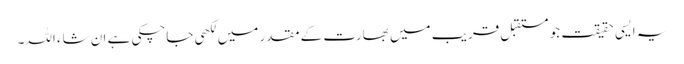
یہ ایسی حقیقت جو مستقبل قریب میں بھارت کے مقدر میں لکھی جاچکی ہے ان شاء اللہ۔